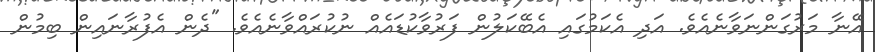
އޭނާ މަރުގަންނަވާނެއެވެ. އަދި އެކަމުގައި އެބޭކަލުން ފަރުވާކުޑައެއް ނުކުރައްވާނެއެވެ. "ދެން އެފުރާނައިން ބިމުން